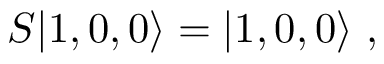
S | 1 , 0 , 0 \rangle = | 1 , 0 , 0 \rangle \ ,